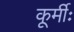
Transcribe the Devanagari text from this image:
कूर्मीः